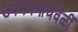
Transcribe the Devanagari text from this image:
उपनयनाचेवेळीं